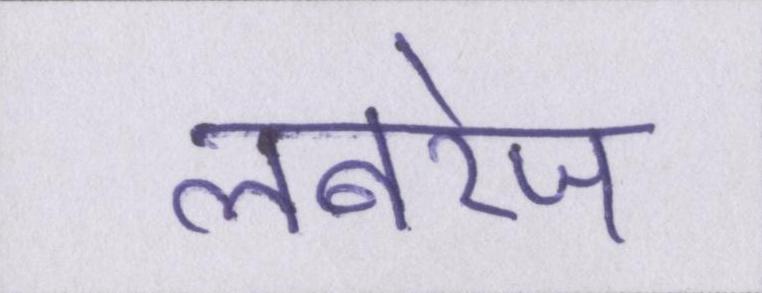
लबरेज